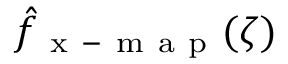
\hat { f } _ { \mathrm { ~ x ~ - ~ m ~ a ~ p ~ } } ( \zeta )